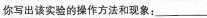
你写出该实验的操作方法和现象：___